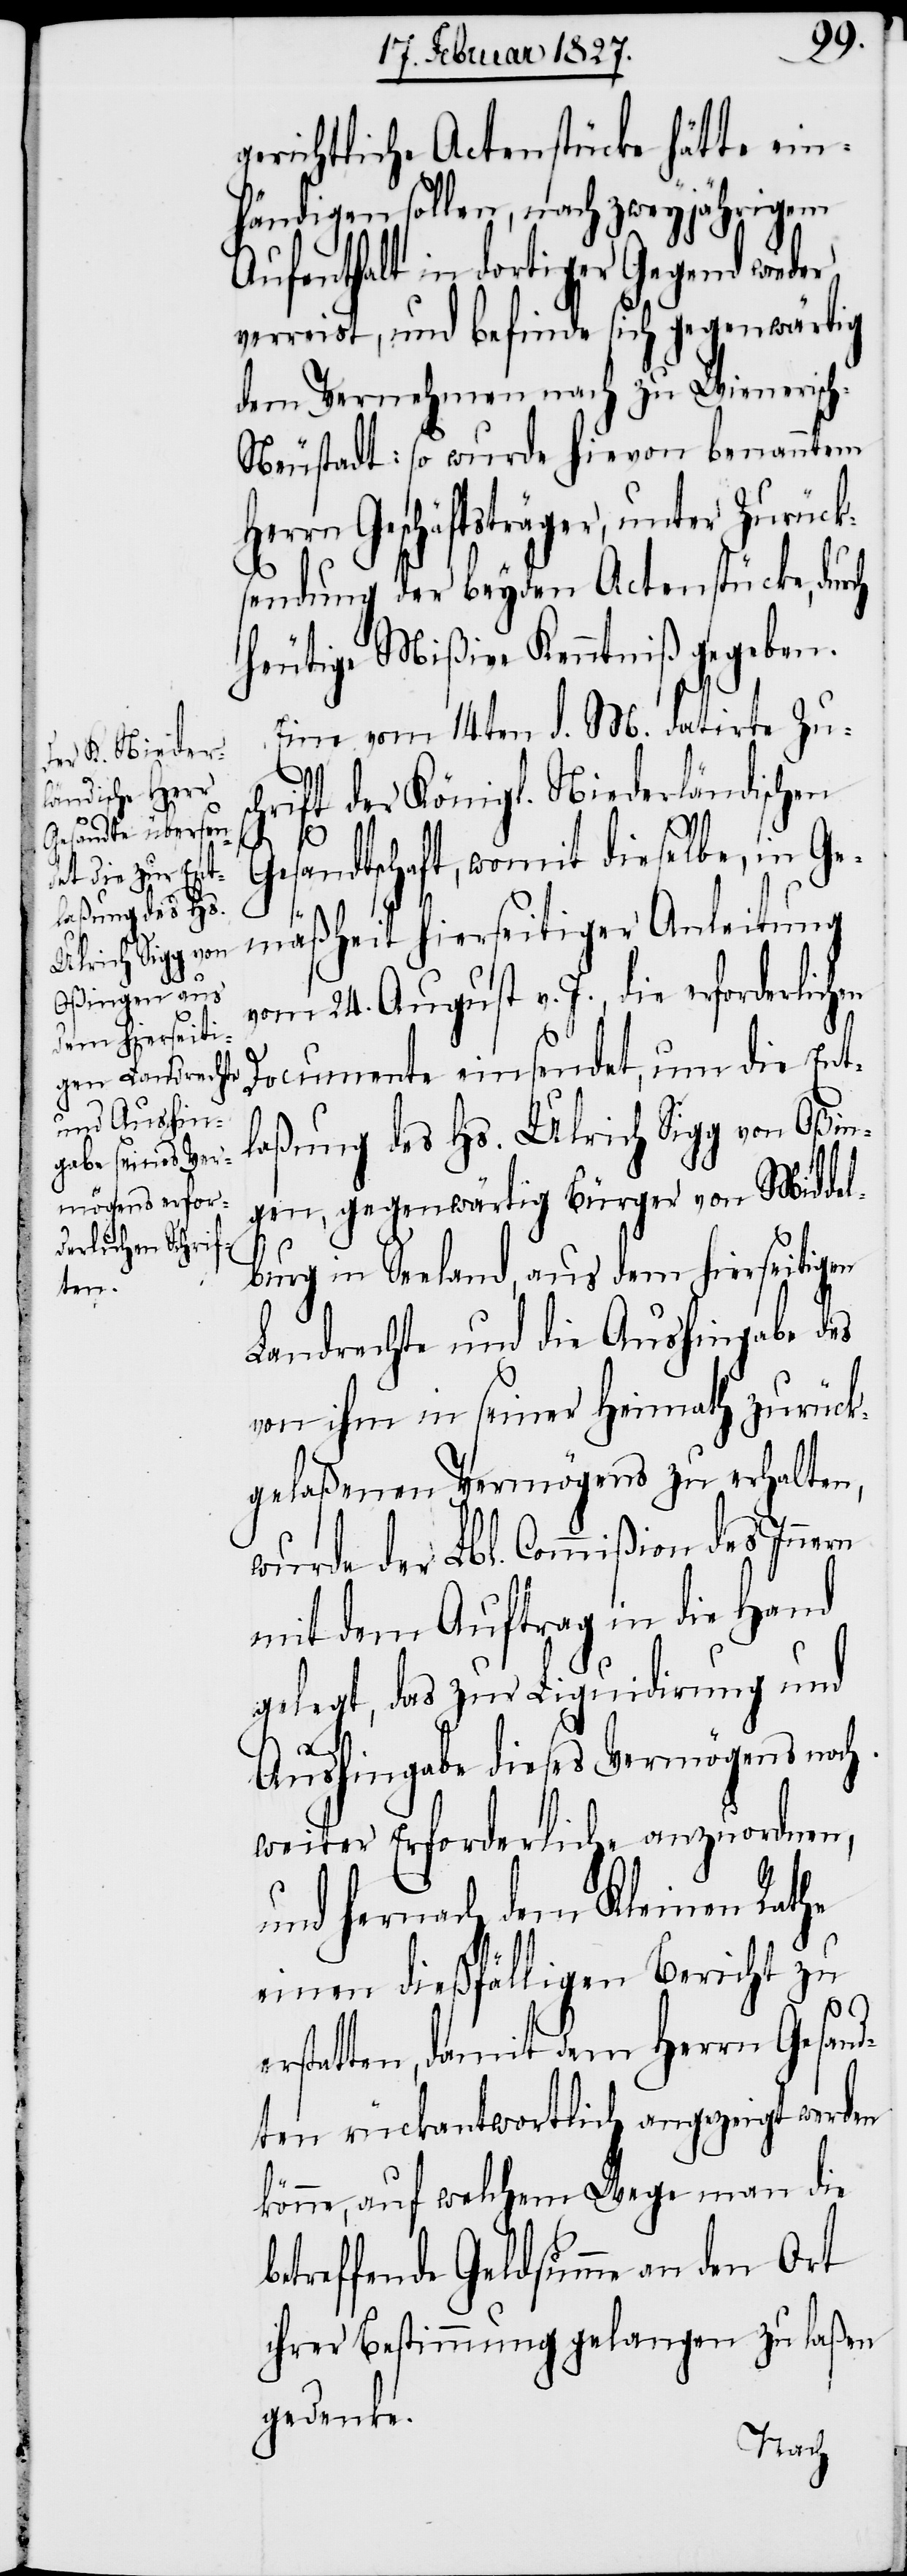
gerichtliche Actenstücke hätte ein¬
händigen sollen, nach zweyjährigem
Aufenthalt in dortiger Gegend wieder
verreist, und befinde sich gegenwärtig
dem Vernehmen nach zu Wienerisc¬
h-Neustadt: so wurde hievon benanntem
Geschäftsträger, unter Zurück¬
sendung der beyden Actenstücke, dur¬
heutige Mißive Kenntniß gegeben.
Eine vom 14ten d. M. datirte Zus¬
chrift der Königl. Niederländischen
rn
Gesandtschaft, womit dieselbe, in Ge¬
mäßheit hierseitiger Anleitung
vom 24. August v. J. die erforderlich¬
Documente einsendet, um die Ent¬
laßung des Hs. Ulrich Sigg von Oßin¬
gen, gegenwärtig Bürger von Midde¬
lburg in Seeland, aus dem hierseitigen
Landrechte und die Aushingabe des
von ihm in seiner Heimath zurück¬
gelaßenen Vermögens zu erhalten,
wurde der Lbl. Commißion des Inne¬
mit dem Auftrag in die Hand
gelegt, das zur Liquidirung und
Aushingabe dieses Vermögens noch
weiter Erforderliche anzuordnen,
und hernach dem Kleinen Rathe
einen dießfälligen Bericht zu
erstatten, damit dem Herrn Gesand¬
ten rückantwortlich angezeigt werden
könne, auf welchem Wege man die
betreffenden Geldsumme an den Ort
ihrer Bestimmung gelangen zu laßen
gedenke.